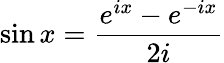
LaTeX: \sin x={\frac{e^{ix}-e^{-ix}}{2i}}